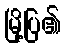
မြို့ပြ၏